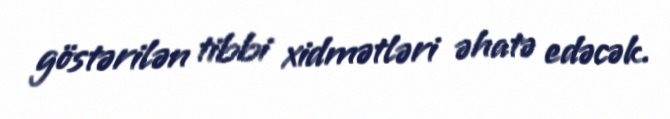
göstərilən tibbi xidmətləri əhatə edəcək.